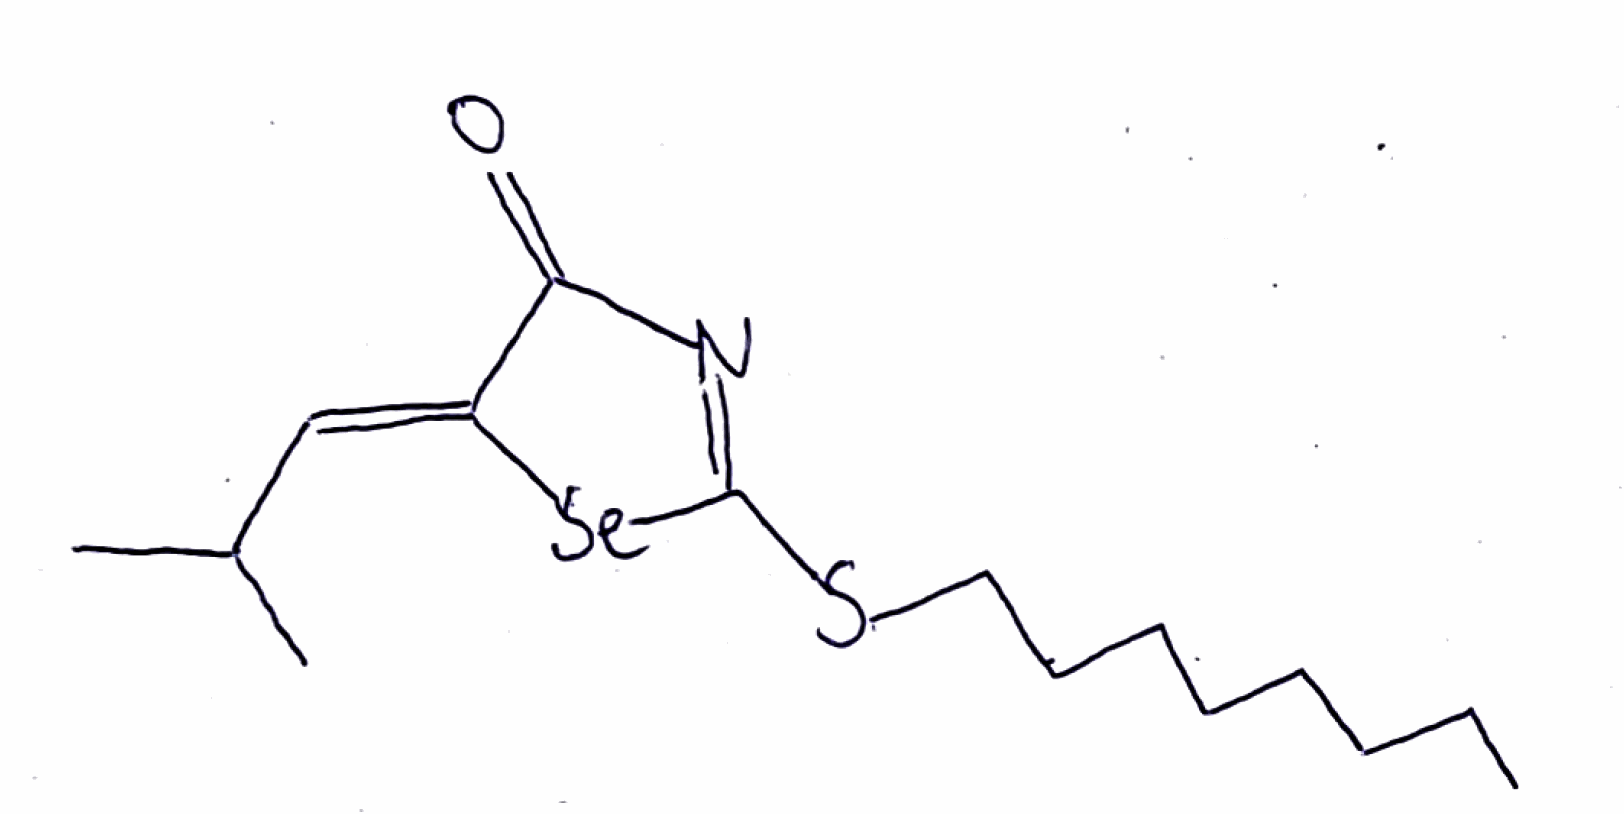
Simplified molecular-input line-entry system (SMILES) notation of the given molecule:
CCCCCCCCSC1=NC(=O)/C(=C/C(C)C)/[Se]1